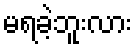
မရခဲ့ဘူးလား